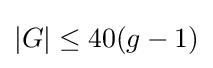
|G|\leq 40(g-1)